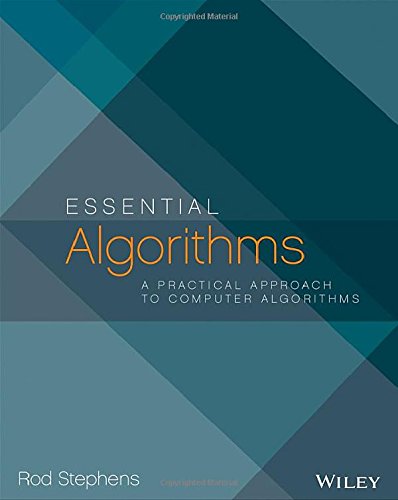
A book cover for Essential Algorithms: A Practical Approach to Computer Algorithms; Rod Stephens; Computers & Technology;